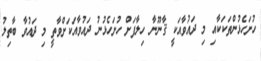
ހުށަހެޅުންތަކަކާއި މި ދައުވާއަކީ ޤާނޫނާ ހިލާފަށް ހުށަހެޅުނު ދައުވާއަކަށްވާތީ މި ދައުވާ ބާތިލު